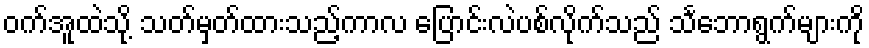
ဝက်အူထဲသို့ သတ်မှတ်ထားသည့်ကာလ ပြောင်းလဲပစ်လိုက်သည် သင်္ဘောရွက်များကို